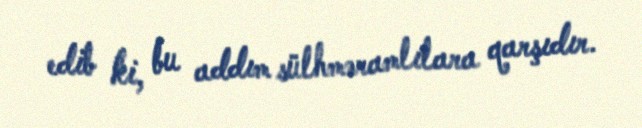
edib ki, bu addım sülhməramlılara qarşıdır.